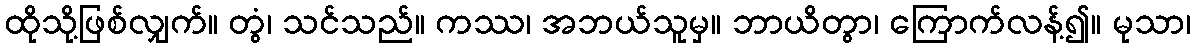
ထိုသို့ဖြစ်လျှက်။ တွံ၊ သင်သည်။ ကဿ၊ အဘယ်သူမှ။ ဘာယိတွာ၊ ကြောက်လန့်၍။ မုသာ၊